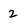
Character: 2